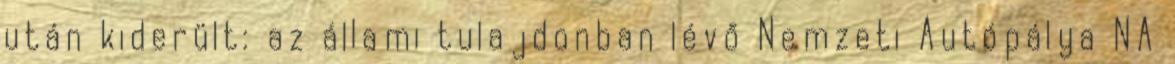
után kiderült: az állami tulajdonban lévő Nemzeti Autópálya NA